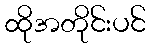
ထိုအတိုင်းပင်